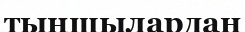
тыңшылардан